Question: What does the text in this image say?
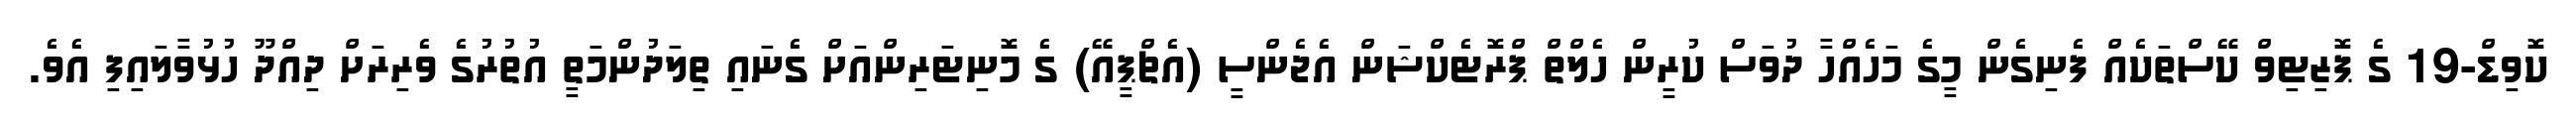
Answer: ކޮވިޑް-19 ގެ ޕޮޒިޓިވް ކޭސްތަކެއް ފެނިގެން މީގެ މަހެއްހާ ދުވަސް ކުރީން ހެލްތް ޕްރޮޓެކްޝަން އެޖެންސީ (އެޗްޕީއޭ) ގެ މޮނިޓަރިންއަށް ގެނައި ތިލަދުންމަތީ އުތުރުގެ ވެރިރަށް ދިއްދޫ ހުޅުވާލައިފި އެވެ.